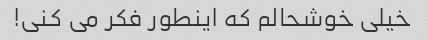
خیلی خوشحالم که اینطور فکر می کنی!